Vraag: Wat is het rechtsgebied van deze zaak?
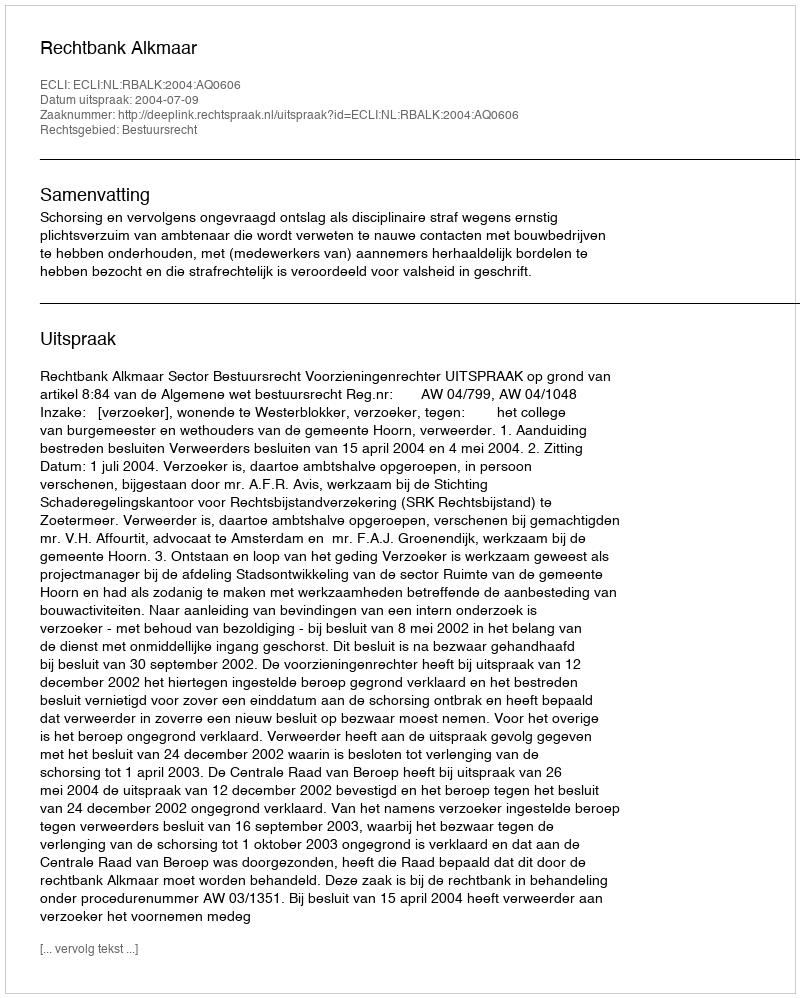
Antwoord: Bestuursrecht